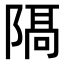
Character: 𨻛